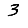
Digit: 3